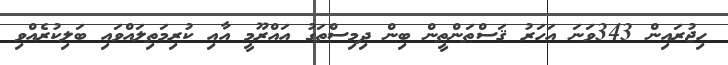
ހިޖުރައިން 343ވަނަ އަހަރު ޤަސްޠަންޠީން ބިން ދިމިސްތަގު އައްރޫމީ އާއި ކުރިމަތިލައްވައި ބަލިކުރެއްވި